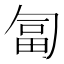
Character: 匐